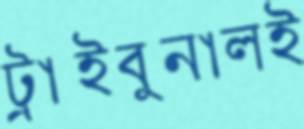
ট্রাইবুনালই